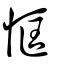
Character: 恇